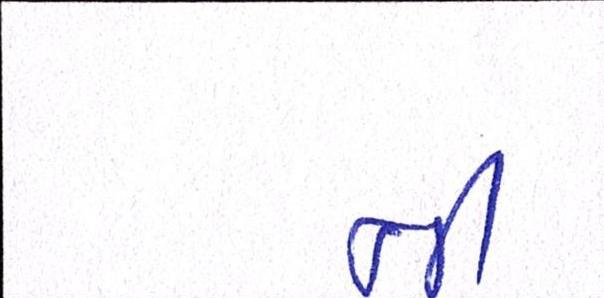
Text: નીં